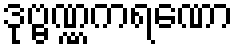
ဒုဗ္ဗဏ္ဏကရဏော